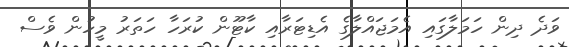
ވަދެ ދިން ހަމަލާގައި އެމަޖައްލާގެ އެޑިޓަރާއި ކާޓޫން ކުރަހާ ހަތަރު މީހުން ވެސް